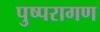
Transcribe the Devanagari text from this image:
पुष्परागण